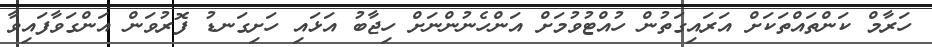
ހަރާމް ކަންތައްތަކަށް އަރައިގަތުން ހުއްޓުވުމަށް އަންހެނުންނަށް ހިޖާބު އަޅައި ހަށިގަނޑު ފޮރުވަން އަންގަވާފައިވާ